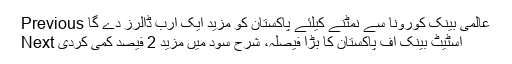
Previous عالمی بینک کورونا سے نمٹنے کیلئے پاکستان کو مزید ایک ارب ڈالرز دے گا
Next اسٹیٹ بینک آف پاکستان کا بڑا فیصلہ، شرح سود میں مزید 2 فیصد کمی کردی